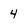
Character: 4